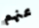
عنهم